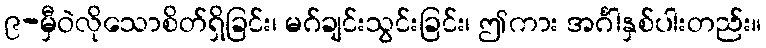
၉-မှီဝဲလိုသောစိတ်ရှိခြင်း၊ မဂ်ချင်းသွင်းခြင်း၊ ဤကား အင်္ဂါနှစ်ပါးတည်း။